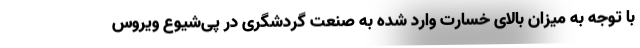
با توجه به میزان بالای خسارت وارد شده به صنعت گردشگری در پی‌شیوع ویروس